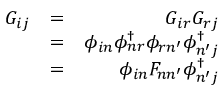
\begin{array} { r l r } { G _ { i j } } & { = } & { G _ { i r } G _ { r j } } \\ & { = } & { \phi _ { i n } \ensuremath { \phi _ { n r } ^ { \scriptscriptstyle \dag } } \phi _ { r n ^ { \prime } } \ensuremath { \phi _ { n ^ { \prime } j } ^ { \scriptscriptstyle \dag } } } \\ & { = } & { \phi _ { i n } F _ { n n ^ { \prime } } \ensuremath { \phi _ { n ^ { \prime } j } ^ { \scriptscriptstyle \dag } } } \end{array}